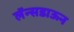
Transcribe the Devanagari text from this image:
लॅन्सडाऊन